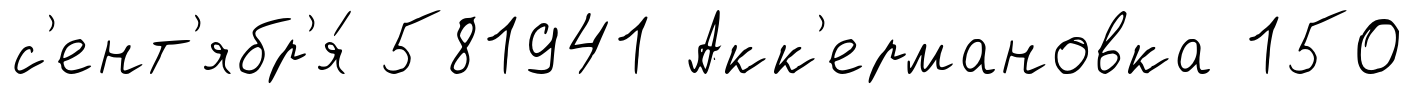
с'ент'ябр'я́ 581941 Акк'ермановка 150